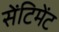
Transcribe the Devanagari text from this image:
सेंटिमेंट